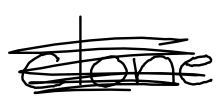
Text: clone
Cross-out: scratch
Writing tool: digital_black